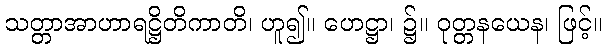
သတ္တာအာဟာရဋ္ဌိတိကာတိ၊ ဟူ၍။ ဟေဋ္ဌာ၊ ၌။ ဝုတ္တနယေန၊ ဖြင့်။